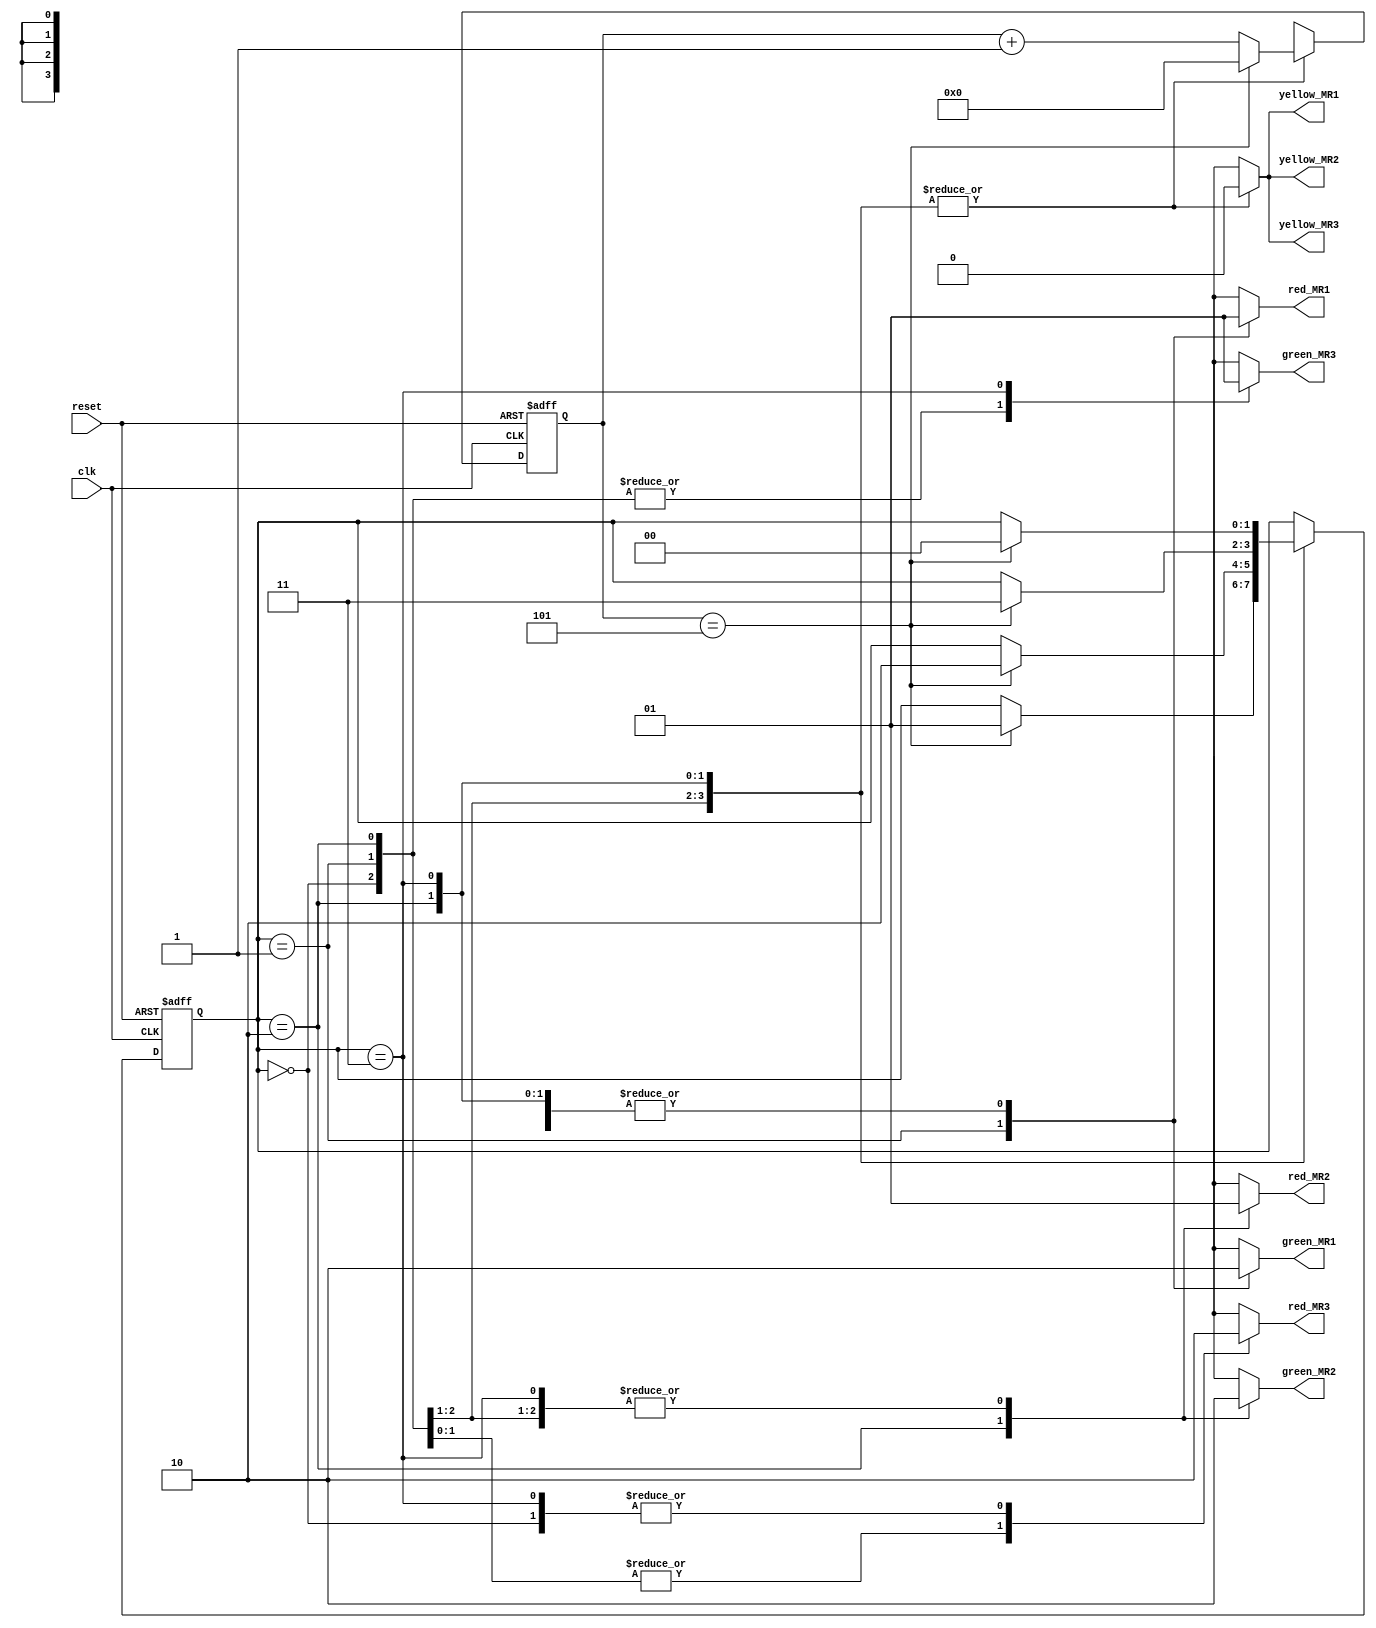
module Hackathon (
    input clk,          // Clock input
    input reset,        // Reset input
    output reg red_MR1, // Red signal for main road 1
    output reg yellow_MR1, // Yellow signal for main road 1
    output reg green_MR1,  // Green signal for main road 1
    output reg red_MR2, // Red signal for main road 2
    output reg yellow_MR2, // Yellow signal for main road 2
    output reg green_MR2,  // Green signal for main road 2
    output reg red_MR3, // Red signal for main road 3
    output reg yellow_MR3, // Yellow signal for main road 3
    output reg green_MR3  // Green signal for main road 3
);

// Internal signals
reg [1:0] state;    // State variable

// State definitions
parameter S_RED = 2'b00;
parameter S_GREEN_MR1 = 2'b01;
parameter S_GREEN_MR2 = 2'b10;
parameter S_GREEN_MR3 = 2'b11;

// Counter for state transitions
reg [3:0] counter;

always @(posedge clk or posedge reset) begin
    if (reset) begin
        // Initialize state and counter
        state <= S_RED;
        counter <= 4'b0000;
    end else begin
        // State transition
        case (state)
            S_RED: begin
                if (counter == 4'b0101) begin
                    state <= S_GREEN_MR1;
                    counter <= 4'b0000;
                end else begin
                    counter <= counter + 1;
                end
            end
            S_GREEN_MR1: begin
                if (counter == 4'b0101) begin
                    state <= S_GREEN_MR2;
                    counter <= 4'b0000;
                end else begin
                    counter <= counter + 1;
                end
            end
            S_GREEN_MR2: begin
                if (counter == 4'b0101) begin
                    state <= S_GREEN_MR3;
                    counter <= 4'b0000;
                end else begin
                    counter <= counter + 1;
                end
            end
            S_GREEN_MR3: begin
                if (counter == 4'b0101) begin
                    state <= S_RED;
                    counter <= 4'b0000;
                end else begin
                    counter <= counter + 1;
                end
            end
        endcase
    end
end

// Output logic based on state
always @(state) begin
    case (state)
        S_RED: begin
            // Disable all signals except MR3
            red_MR1 <= 1'b1;
            yellow_MR1 <= 1'b0;
            green_MR1 <= 1'b0;
            red_MR2 <= 1'b1;
            yellow_MR2 <= 1'b0;
            green_MR2 <= 1'b0;
            red_MR3 <= 1'b0;
            yellow_MR3 <= 1'b0;
            green_MR3 <= 1'b0;
        end
        S_GREEN_MR1: begin
            // Enable MR1 green signal
            red_MR1 <= 1'b0;
            yellow_MR1 <= 1'b0;
            green_MR1 <= 1'b1;
            // Disable MR2 and MR3 signals
            red_MR2 <= 1'b1;
            yellow_MR2 <= 1'b0;
            green_MR2 <= 1'b0;
            red_MR3 <= 1'b1;
            yellow_MR3 <= 1'b0;
            green_MR3 <= 1'b0;
        end
        S_GREEN_MR2: begin
            // Enable MR2 green signal
            red_MR1 <= 1'b1;
            yellow_MR1 <= 1'b0;
            green_MR1 <= 1'b0;
            red_MR2 <= 1'b0;
            yellow_MR2 <= 1'b0;
            green_MR2 <= 1'b1;
            // Disable MR1 and MR3 signals
            red_MR3 <= 1'b1;
            yellow_MR3 <= 1'b0;
            green_MR3 <= 1'b0;
        end
        S_GREEN_MR3: begin
            // Enable MR3 green signal
            red_MR1 <= 1'b1;
            yellow_MR1 <= 1'b0;
            green_MR1 <= 1'b0;
            red_MR2 <= 1'b1;
            yellow_MR2 <= 1'b0;
            green_MR2 <= 1'b0;
            red_MR3 <= 1'b0;
            yellow_MR3 <= 1'b0;
            green_MR3 <= 1'b1;
        end
    endcase
end

endmodule